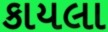
કાયલા